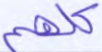
كلهم